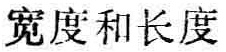
宽度和长度